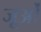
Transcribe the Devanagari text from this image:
जूओं